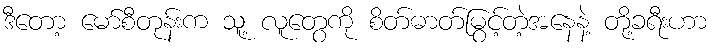
ဒီတော့ မော်စီတုန်းက သူ့ လူတွေကို စိတ်ဓာတ်မြွင့်တဲ့အနေနဲ့ တို့ခရီးဟာ